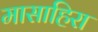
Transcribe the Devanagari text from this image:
मासाहिरा